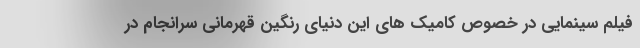
فیلم سینمایی در خصوص کامیک های این دنیای رنگین قهرمانی سرانجام در